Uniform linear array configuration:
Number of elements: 12
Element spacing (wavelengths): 0.25
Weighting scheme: hamming
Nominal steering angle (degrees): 0
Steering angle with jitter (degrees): -0.6444
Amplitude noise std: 0.05
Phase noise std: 0.05

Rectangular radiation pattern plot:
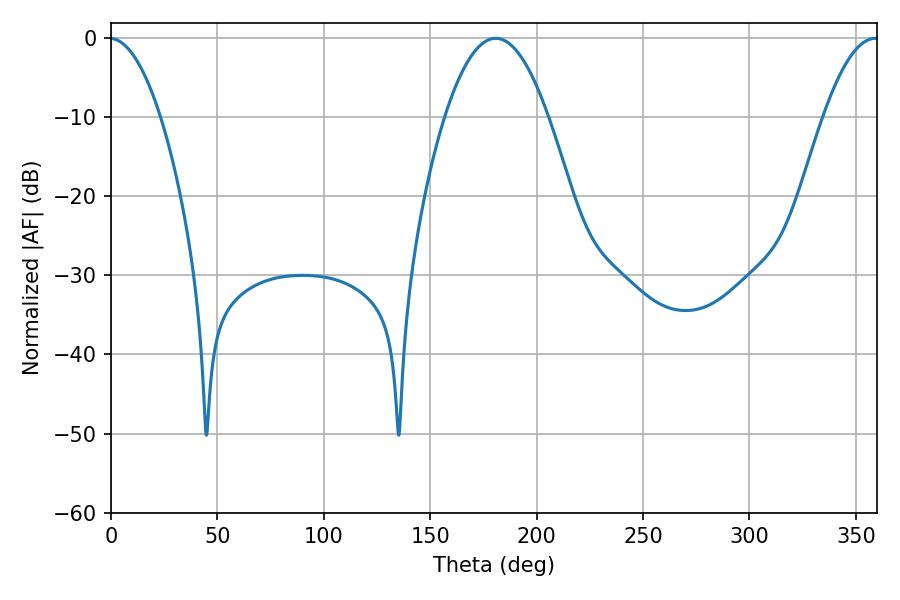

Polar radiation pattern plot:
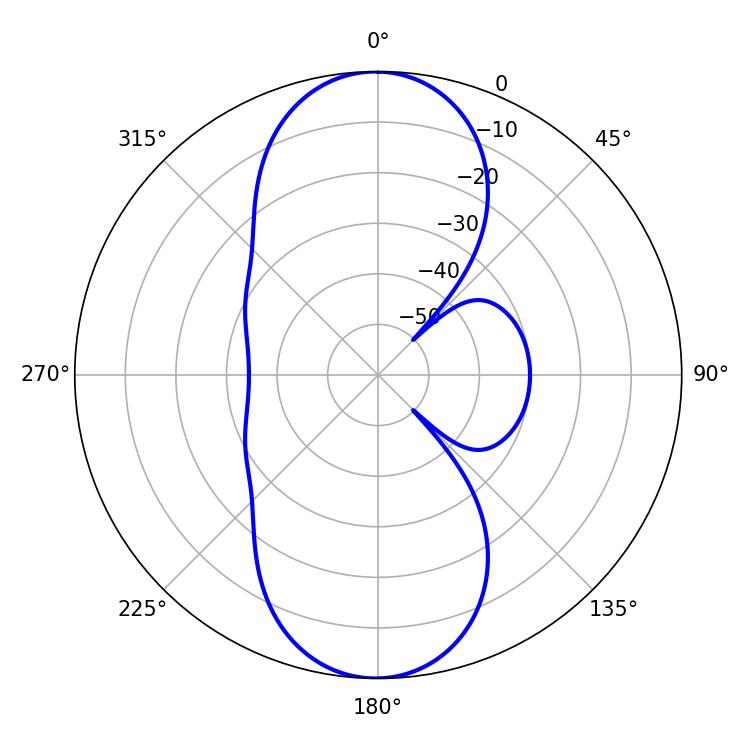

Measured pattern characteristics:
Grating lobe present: FALSE
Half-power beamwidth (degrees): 26.64
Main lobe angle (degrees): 180.72